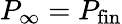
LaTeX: P_{\infty}=P_{\mathrm{fin}}